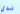
لدي